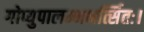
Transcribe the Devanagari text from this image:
गोप्युपालम्भभर्त्सितः।